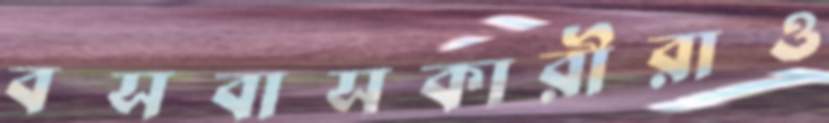
বসবাসকারীরাও